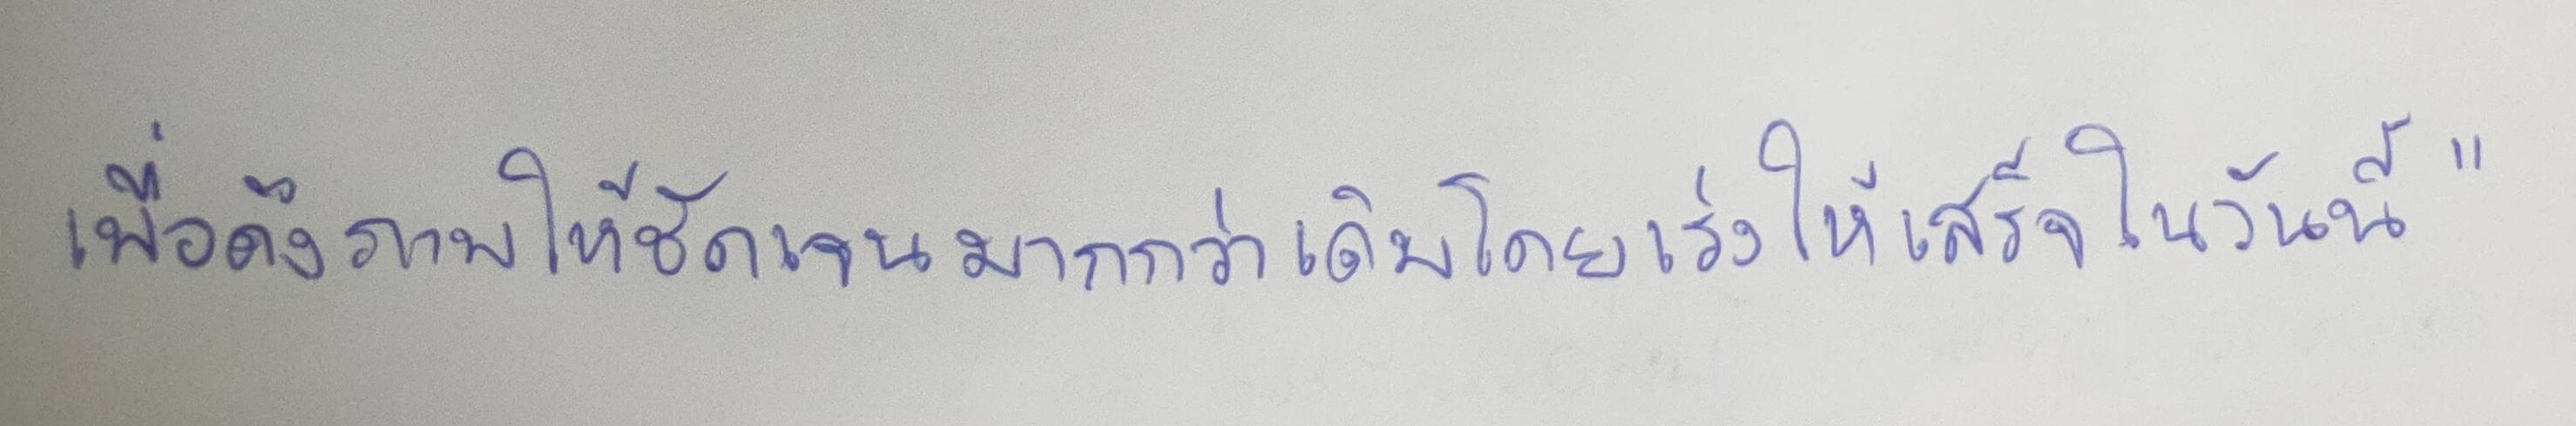
เพื่อดึงภาพให้ชัดเจนมากกว่าเดิมโดยเร่งให้เสร็จในวันนี้"